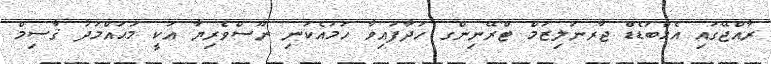
ރާއްޖޭގައި އެމްބަޑެޑް ޖާރނަލިޒަމް ޓްރޭނިންގ ހަދާފައިވާ ހަމައެކަނި ނޫސްވެރިޔާ އަކީ މުޙައްމަދު ޤާސިމް